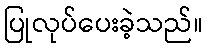
ပြုလုပ်ပေးခဲ့သည်။